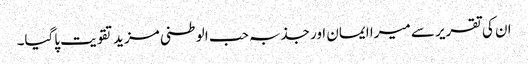
ان کی تقریر سے میرا ایمان اور جذبہ حب الوطنی مزید تقویت پاگیا۔